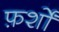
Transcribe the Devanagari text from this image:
फ़र्शों